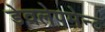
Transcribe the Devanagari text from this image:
डेवलेपमेन्ट